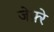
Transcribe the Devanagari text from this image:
जेफ़्रे